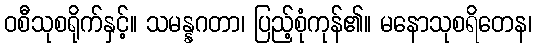
ဝစီသုစရိုက်နှင့်။ သမန္နဂတာ၊ ပြည့်စုံကုန်၏။ မနောသုစရိတေန၊